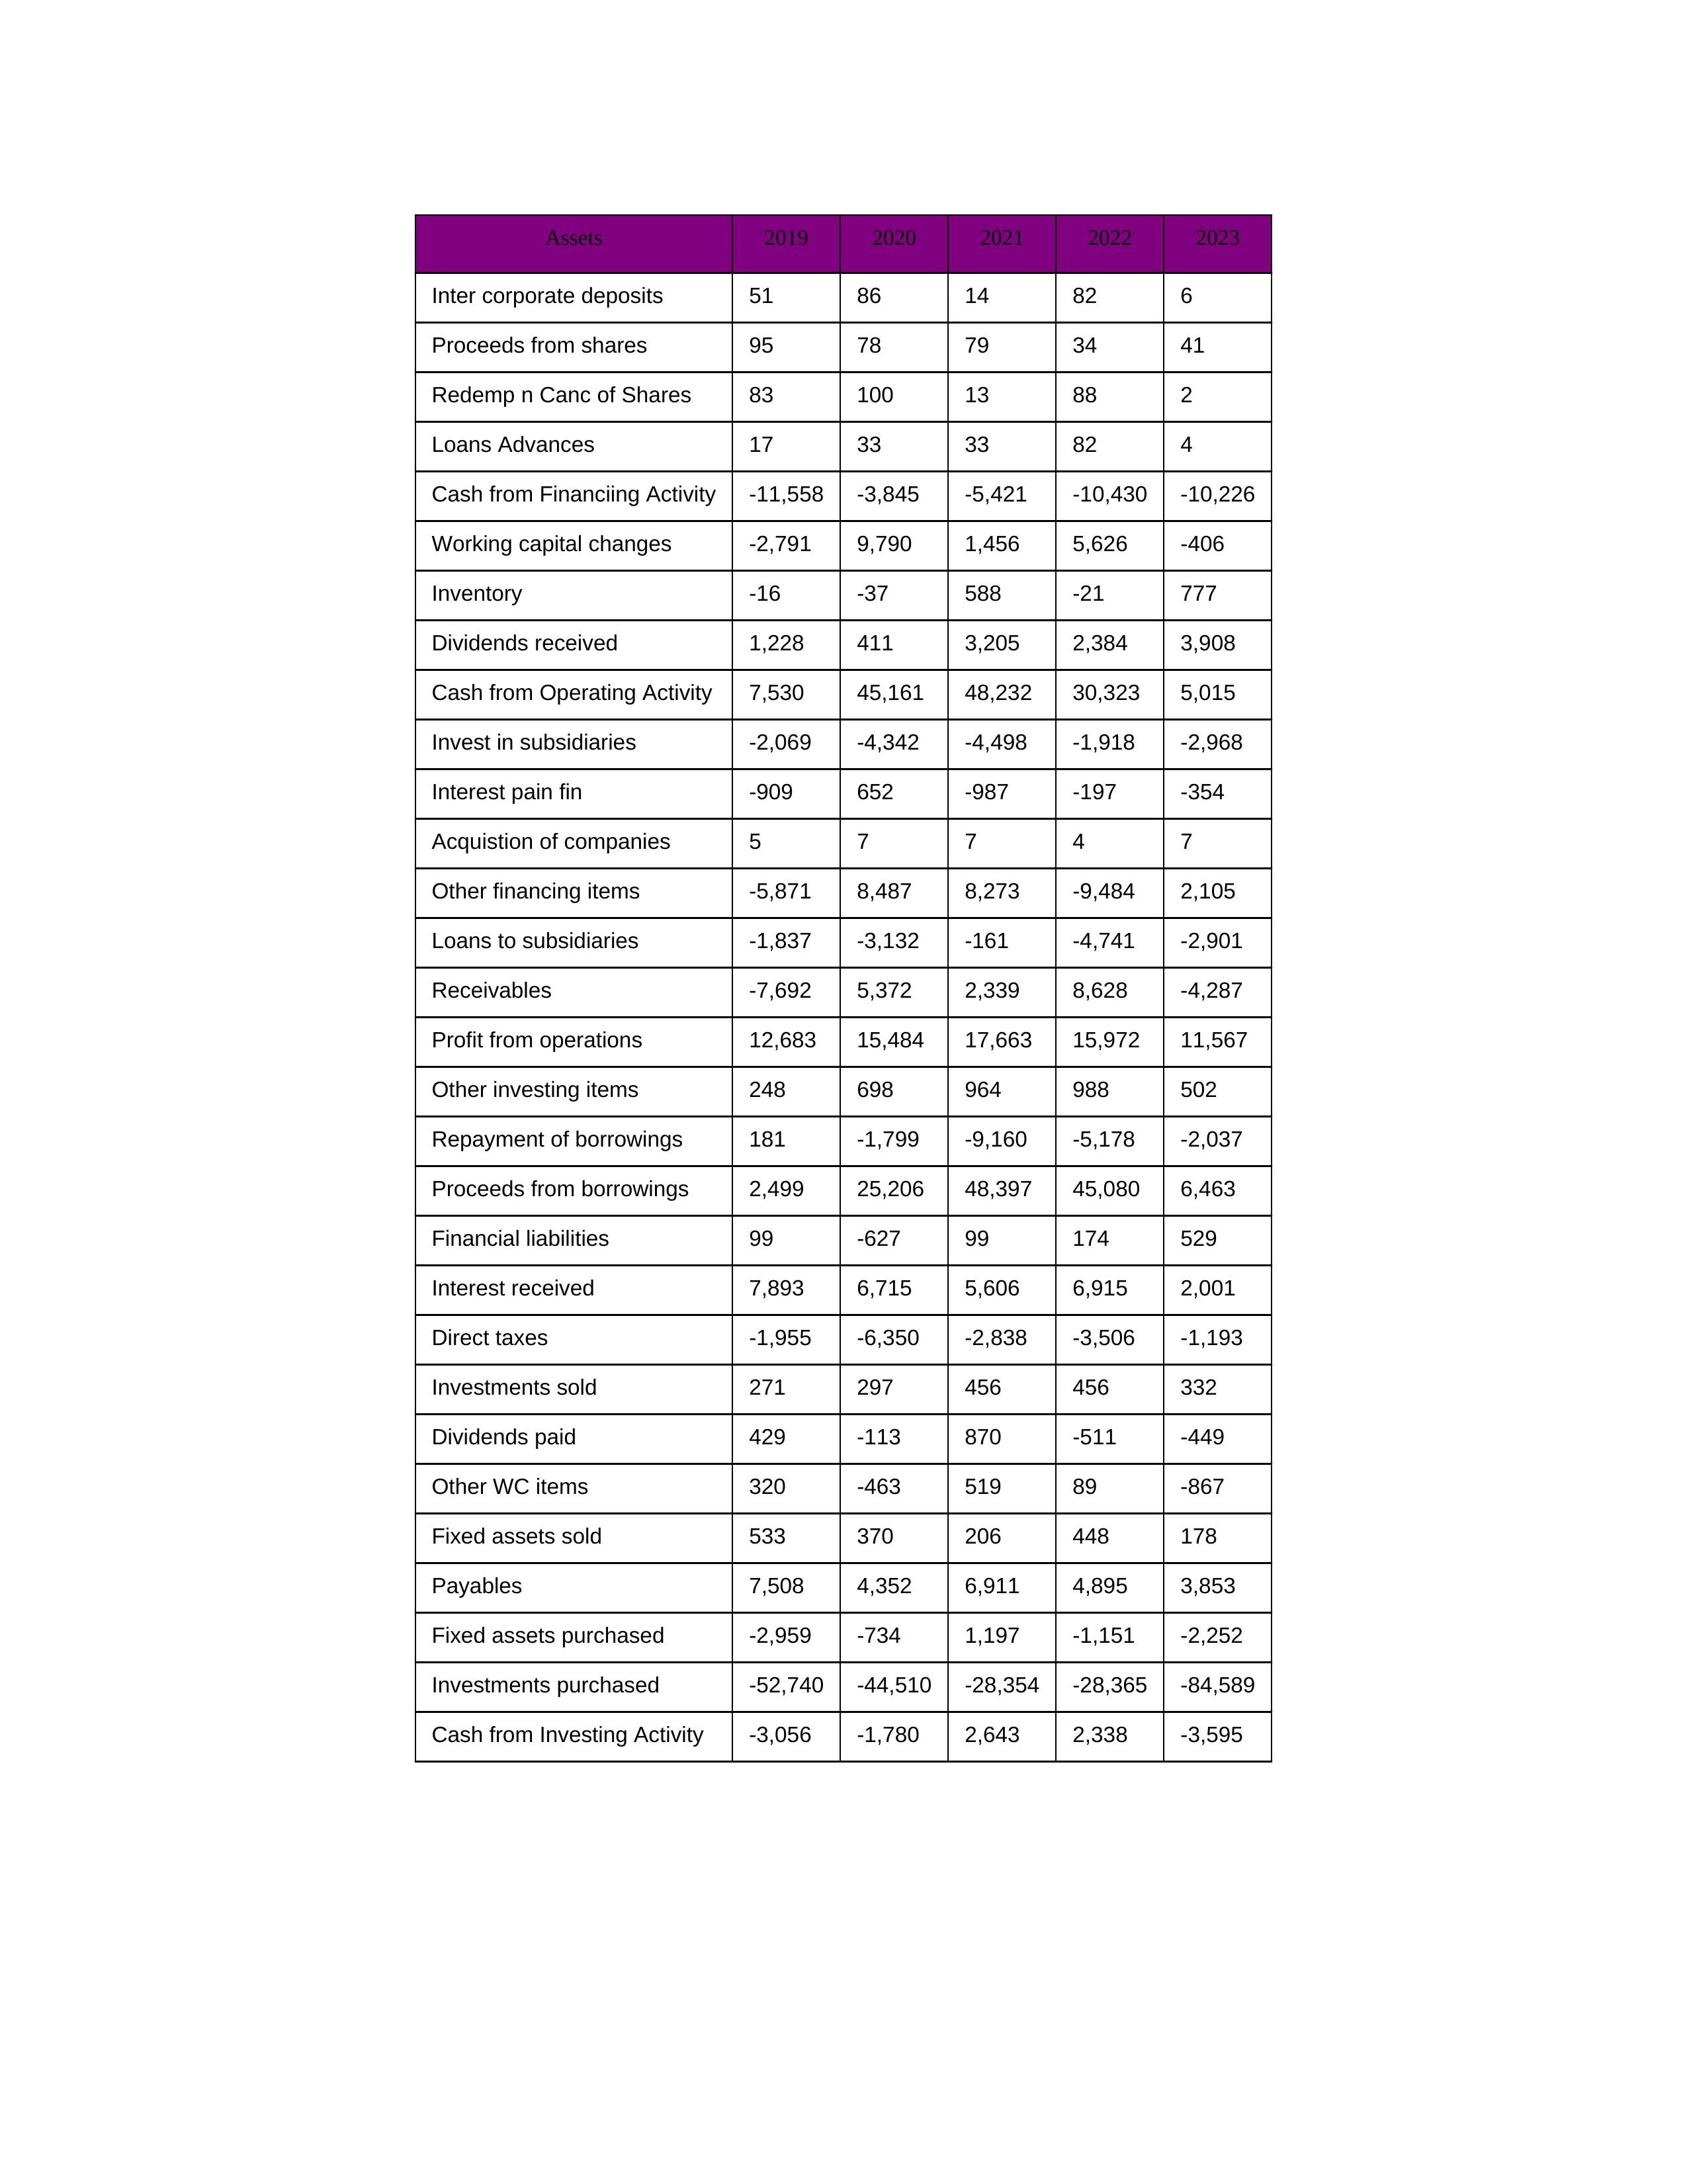
gt_parse: 2019: Cash from Operating Activity: 7,530
Profit from operations: 12,683
Receivables: -7,692
Inventory: -16
Payables: 7,508
Loans Advances: 17
Other WC items: 320
Working capital changes: -2,791
Direct taxes: -1,955
Cash from Investing Activity: -3,056
Fixed assets purchased: -2,959
Fixed assets sold: 533
Investments purchased: -52,740
Investments sold: 271
Interest received: 7,893
Dividends received: 1,228
Invest in subsidiaries: -2,069
Loans to subsidiaries: -1,837
Redemp n Canc of Shares: 83
Acquistion of companies: 5
Inter corporate deposits: 51
Other investing items: 248
Cash from Financiing Activity: -11,558
Proceeds from shares: 95
Proceeds from borrowings: 2,499
Repayment of borrowings: 181
Interest pain fin: -909
Dividends paid: 429
Financial liabilities: 99
Other financing items: -5,871
2020: Cash from Operating Activity: 45,161
Profit from operations: 15,484
Receivables: 5,372
Inventory: -37
Payables: 4,352
Loans Advances: 33
Other WC items: -463
Working capital changes: 9,790
Direct taxes: -6,350
Cash from Investing Activity: -1,780
Fixed assets purchased: -734
Fixed assets sold: 370
Investments purchased: -44,510
Investments sold: 297
Interest received: 6,715
Dividends received: 411
Invest in subsidiaries: -4,342
Loans to subsidiaries: -3,132
Redemp n Canc of Shares: 100
Acquistion of companies: 7
Inter corporate deposits: 86
Other investing items: 698
Cash from Financiing Activity: -3,845
Proceeds from shares: 78
Proceeds from borrowings: 25,206
Repayment of borrowings: -1,799
Interest pain fin: 652
Dividends paid: -113
Financial liabilities: -627
Other financing items: 8,487
2021: Cash from Operating Activity: 48,232
Profit from operations: 17,663
Receivables: 2,339
Inventory: 588
Payables: 6,911
Loans Advances: 33
Other WC items: 519
Working capital changes: 1,456
Direct taxes: -2,838
Cash from Investing Activity: 2,643
Fixed assets purchased: 1,197
Fixed assets sold: 206
Investments purchased: -28,354
Investments sold: 456
Interest received: 5,606
Dividends received: 3,205
Invest in subsidiaries: -4,498
Loans to subsidiaries: -161
Redemp n Canc of Shares: 13
Acquistion of companies: 7
Inter corporate deposits: 14
Other investing items: 964
Cash from Financiing Activity: -5,421
Proceeds from shares: 79
Proceeds from borrowings: 48,397
Repayment of borrowings: -9,160
Interest pain fin: -987
Dividends paid: 870
Financial liabilities: 99
Other financing items: 8,273
2022: Cash from Operating Activity: 30,323
Profit from operations: 15,972
Receivables: 8,628
Inventory: -21
Payables: 4,895
Loans Advances: 82
Other WC items: 89
Working capital changes: 5,626
Direct taxes: -3,506
Cash from Investing Activity: 2,338
Fixed assets purchased: -1,151
Fixed assets sold: 448
Investments purchased: -28,365
Investments sold: 456
Interest received: 6,915
Dividends received: 2,384
Invest in subsidiaries: -1,918
Loans to subsidiaries: -4,741
Redemp n Canc of Shares: 88
Acquistion of companies: 4
Inter corporate deposits: 82
Other investing items: 988
Cash from Financiing Activity: -10,430
Proceeds from shares: 34
Proceeds from borrowings: 45,080
Repayment of borrowings: -5,178
Interest pain fin: -197
Dividends paid: -511
Financial liabilities: 174
Other financing items: -9,484
2023: Cash from Operating Activity: 5,015
Profit from operations: 11,567
Receivables: -4,287
Inventory: 777
Payables: 3,853
Loans Advances: 4
Other WC items: -867
Working capital changes: -406
Direct taxes: -1,193
Cash from Investing Activity: -3,595
Fixed assets purchased: -2,252
Fixed assets sold: 178
Investments purchased: -84,589
Investments sold: 332
Interest received: 2,001
Dividends received: 3,908
Invest in subsidiaries: -2,968
Loans to subsidiaries: -2,901
Redemp n Canc of Shares: 2
Acquistion of companies: 7
Inter corporate deposits: 6
Other investing items: 502
Cash from Financiing Activity: -10,226
Proceeds from shares: 41
Proceeds from borrowings: 6,463
Repayment of borrowings: -2,037
Interest pain fin: -354
Dividends paid: -449
Financial liabilities: 529
Other financing items: 2,105